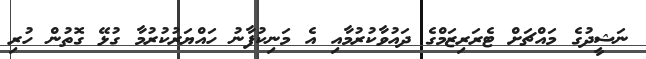
ނަޝީދުގެ މައްޗަށް ޓެރަރިޒަމްގެ ދައުވާކުރުމާއި އެ މަނިކުފާނު ހައްޔަރުކުރުމާ ގުޅޭ ގޮތުން ހުރި